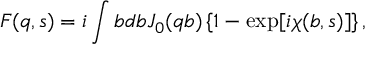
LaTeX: F ( q , s ) = i \int b d b J _ { 0 } ( q b ) \left\{ 1 - \exp [ i \chi ( b , s ) ] \right\} ,